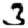
Digit: 3